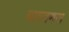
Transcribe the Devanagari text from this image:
घातगणना